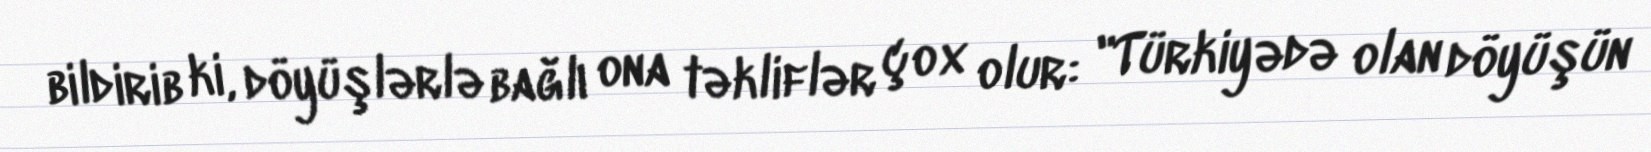
bildirib ki, döyüşlərlə bağlı ona təkliflər çox olur: "Türkiyədə olan döyüşün